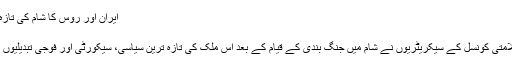
ایران اور روس کا شام کی تازہ ترین صورت حال پر تبادلہ خیال
Jan ۱۷, ۲۰۱۷ ۱۱:۰۳
ایران اور روس کی اعلی قومی سلامتی کونسل کے سیکریٹریوں نے شام میں جنگ بندی کے قیام کے بعد اس ملک کی تازہ ترین سیاسی، سیکورٹی اور فوجی تبدیلیوں کے بارے میں بات چیت کی ہے۔